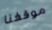
موقفنا